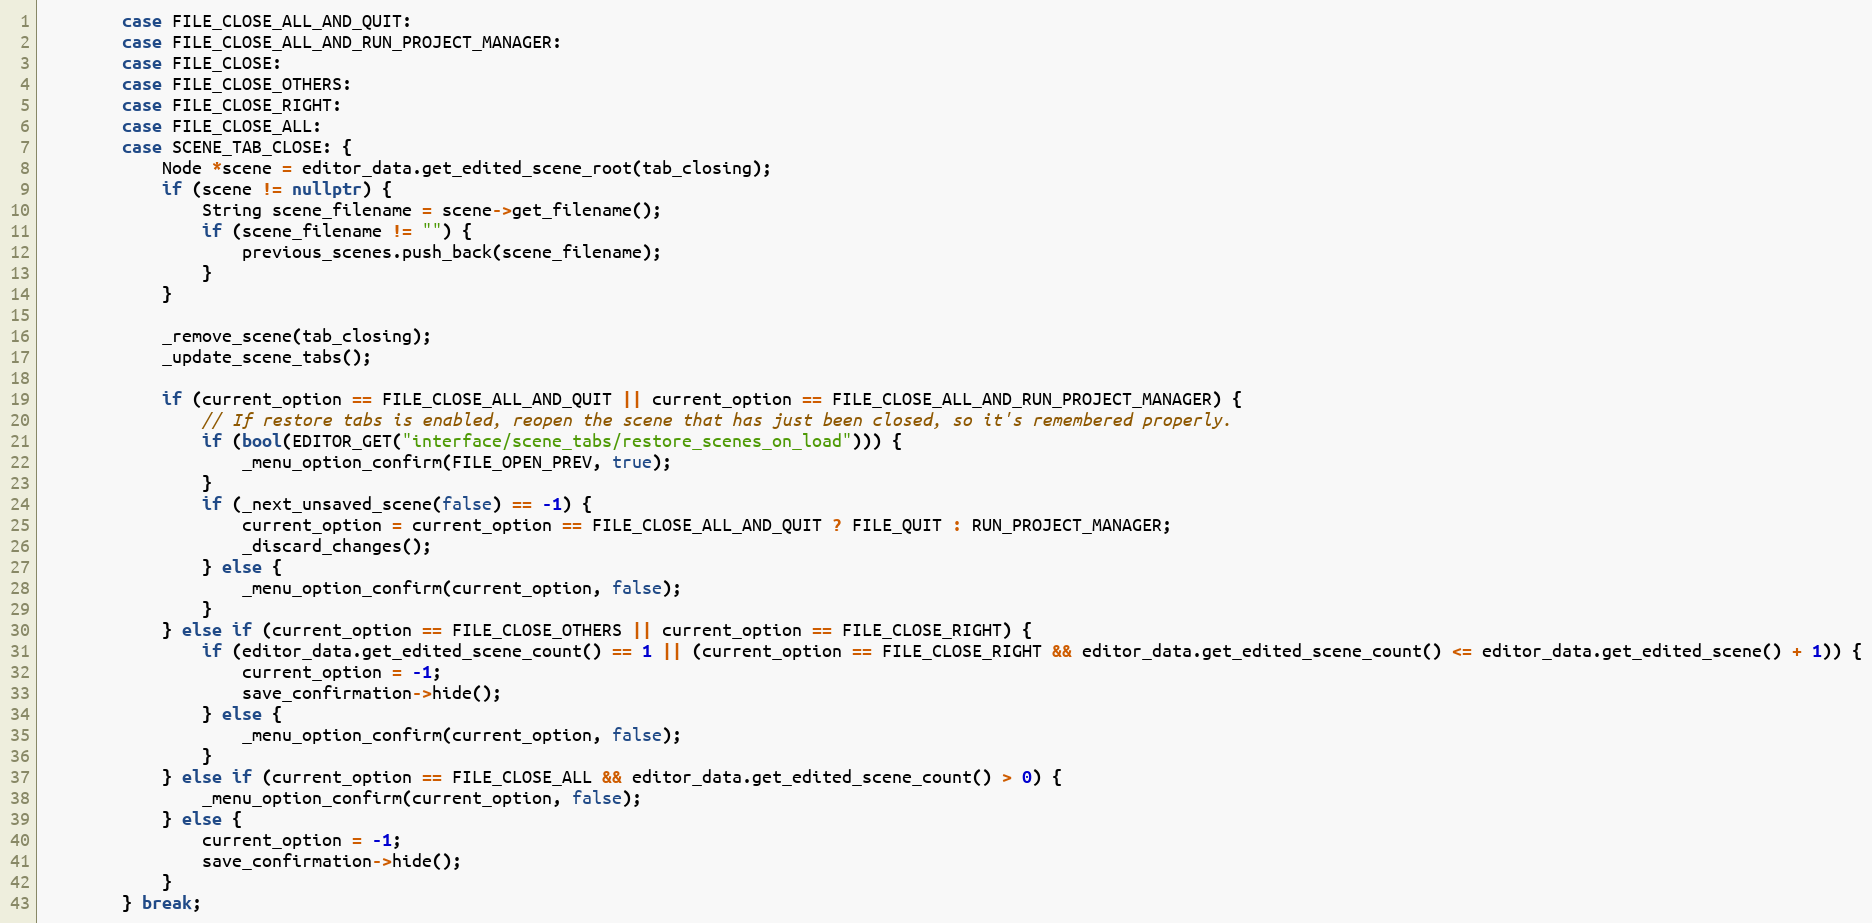
Language: C++
		case FILE_CLOSE_ALL_AND_QUIT:
		case FILE_CLOSE_ALL_AND_RUN_PROJECT_MANAGER:
		case FILE_CLOSE:
		case FILE_CLOSE_OTHERS:
		case FILE_CLOSE_RIGHT:
		case FILE_CLOSE_ALL:
		case SCENE_TAB_CLOSE: {
			Node *scene = editor_data.get_edited_scene_root(tab_closing);
			if (scene != nullptr) {
				String scene_filename = scene->get_filename();
				if (scene_filename != "") {
					previous_scenes.push_back(scene_filename);
				}
			}

			_remove_scene(tab_closing);
			_update_scene_tabs();

			if (current_option == FILE_CLOSE_ALL_AND_QUIT || current_option == FILE_CLOSE_ALL_AND_RUN_PROJECT_MANAGER) {
				// If restore tabs is enabled, reopen the scene that has just been closed, so it's remembered properly.
				if (bool(EDITOR_GET("interface/scene_tabs/restore_scenes_on_load"))) {
					_menu_option_confirm(FILE_OPEN_PREV, true);
				}
				if (_next_unsaved_scene(false) == -1) {
					current_option = current_option == FILE_CLOSE_ALL_AND_QUIT ? FILE_QUIT : RUN_PROJECT_MANAGER;
					_discard_changes();
				} else {
					_menu_option_confirm(current_option, false);
				}
			} else if (current_option == FILE_CLOSE_OTHERS || current_option == FILE_CLOSE_RIGHT) {
				if (editor_data.get_edited_scene_count() == 1 || (current_option == FILE_CLOSE_RIGHT && editor_data.get_edited_scene_count() <= editor_data.get_edited_scene() + 1)) {
					current_option = -1;
					save_confirmation->hide();
				} else {
					_menu_option_confirm(current_option, false);
				}
			} else if (current_option == FILE_CLOSE_ALL && editor_data.get_edited_scene_count() > 0) {
				_menu_option_confirm(current_option, false);
			} else {
				current_option = -1;
				save_confirmation->hide();
			}
		} break;